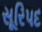
સૂરિપદ